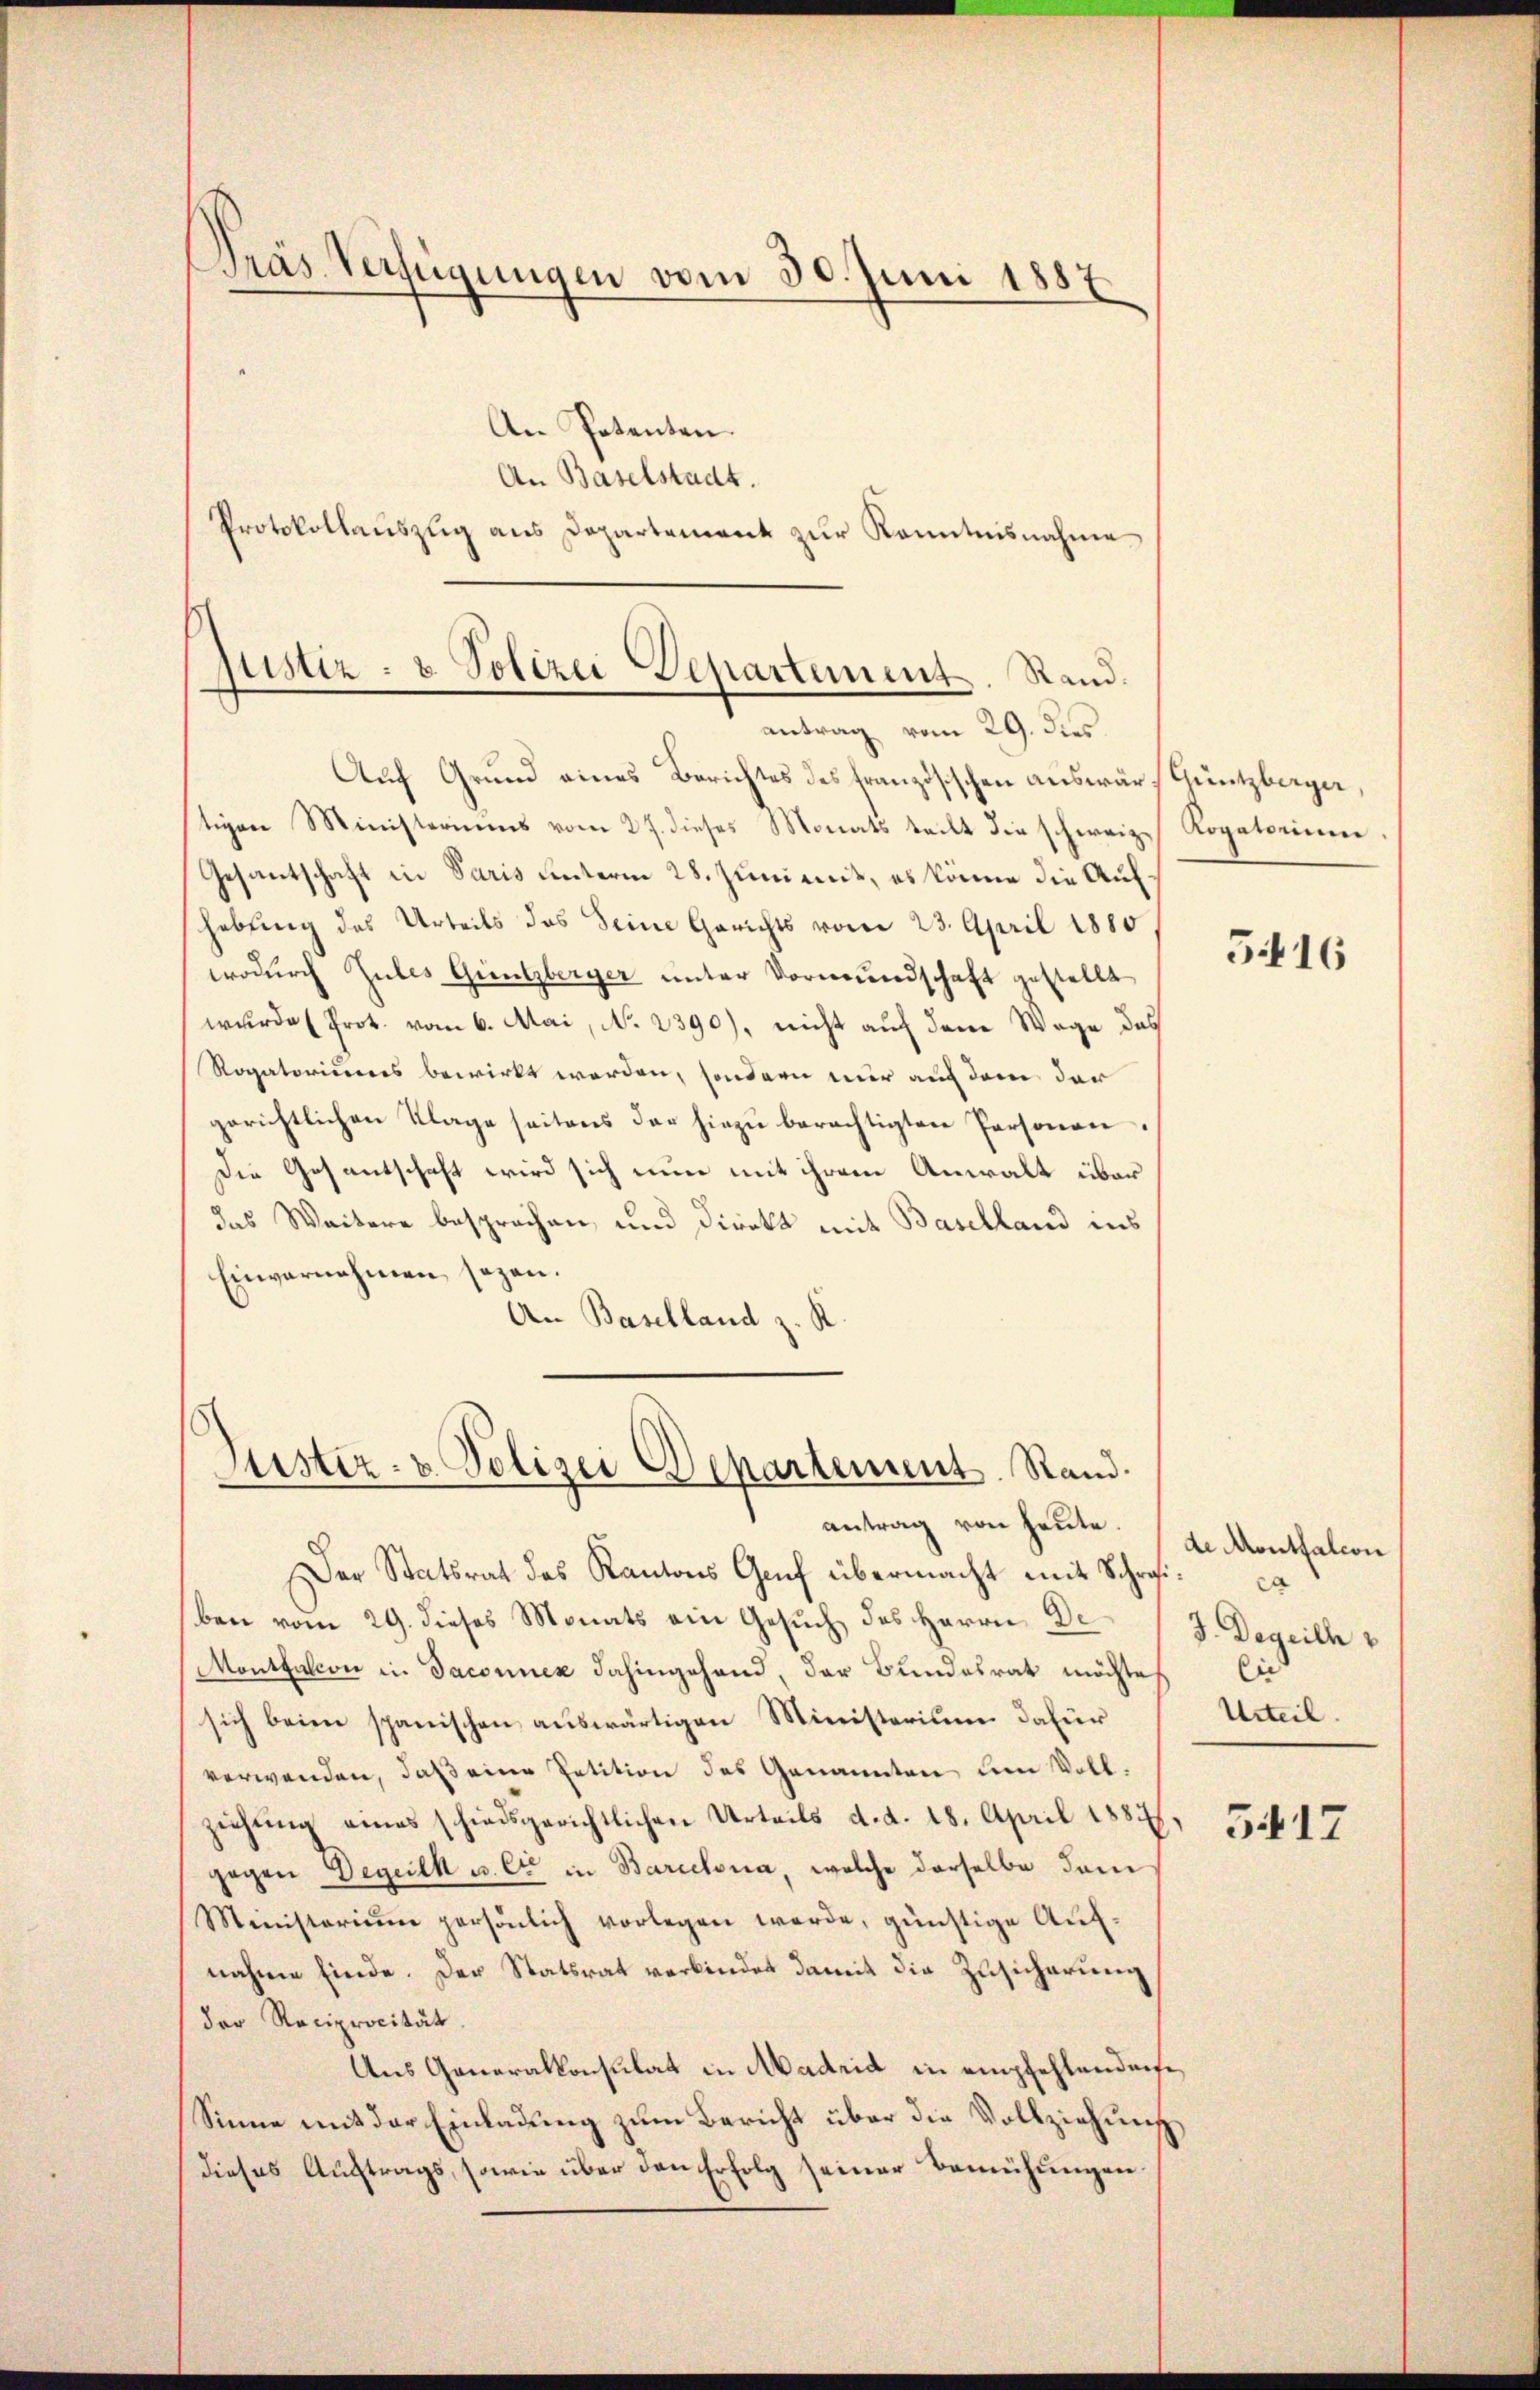
Präs. Verfügungen vom 30. Juni 1887

Protokollauszug aus Departement zur Kenntnisnahme
justiz- & Polizei Departement. Stand.
antrag vom 29. dies

An Potenten.
An Baselstadt.
Auf Grund eines Berichtes des Französischen auswär, Güntzberger,
tigen Ministeriums vom 27. dieses Monats teilt die schweiz. Rogatorium
Gesantschaft in Paris unterm 28. Juni mit, es könne die Aufhebung des Urteils das Seine Gerichts vom 23. April 1880
wodurch Zules Güntzberger unter Vormundschaft gestellt
wurde (Prot. vom 6. Mai, No. 2390), nicht auf dem Wege das
Rogatoriums bewirkt werden, sondern nur auf dem der
gerichtlichen Klage seitens der hiezŭ berechtigten Personen,
Die Gesantschaft wird sich nun mit ihrem Anwalt über
das Weitere besprochen, und Direkt mit Baselland ins
Einvernehmen sagen.
An Baselland z. K

Lister- u. Polizei Departement. Rand.
antrag von heute.

Der Statsrat des Kantons Genf übermacht mit Schreiben vom 29. dieses Monats ein Gesuch des Herrn De¬
Montbalcon in Jaconnex dahingehand, der Bundesrat möchte i
sich beim spanischen auswärtigen Ministerium dafür
verwenden, daß eine Petition des Genannten um Vollziehung eines schiedsgerichtlichen Urteils d. d. 18. April 1881.
gegen Degeilk u. Cie in Barcelona, welche derselbe dam
Ministerium persönlich vorlegen werde, günstige Aufnahme finde. Der Statsrat verbindet damit die Zusicherung
der Reciprocität.
Aus Generalkonsulat in Madrid in empfehlendense
Sinne mit der Einladung zum Bericht über die Vollziehung
dieses Auftrags, sowie über den Erfolg seiner Bemühungen

5.416

de Montfalcon
ca
J. Degeich
Urteil.

5417